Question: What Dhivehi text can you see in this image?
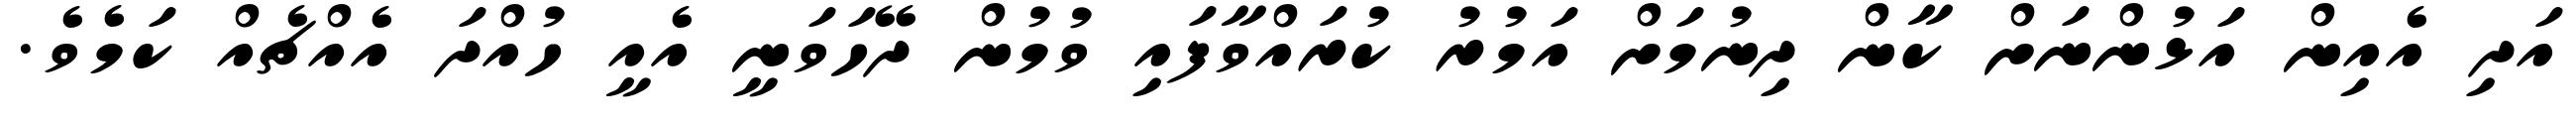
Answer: އަދި އެއިން އަޅުންނަށް ކާން ދިނުމަށް އަމުރު ކުރައްވާފައި ވުމުން ދޭހަވަނީ އެއީ ހުއްދަ އެއްޗެއް ކަމެވެ.